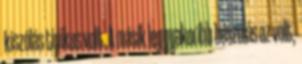
kiszólás tipikus volt. A másik leggyakoribb beszólás az volt,